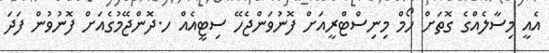
އެއީ މިސާލެއްގެ ގޮތަށް ހޯމް މިނިސްޓްރީއަށް ފޮނުވަންޖެހޭ ސިޓީއެއް ހ.ދޮންޖޭމުގެއަށް ފޮނުވުން ފަދަ